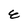
Character: E